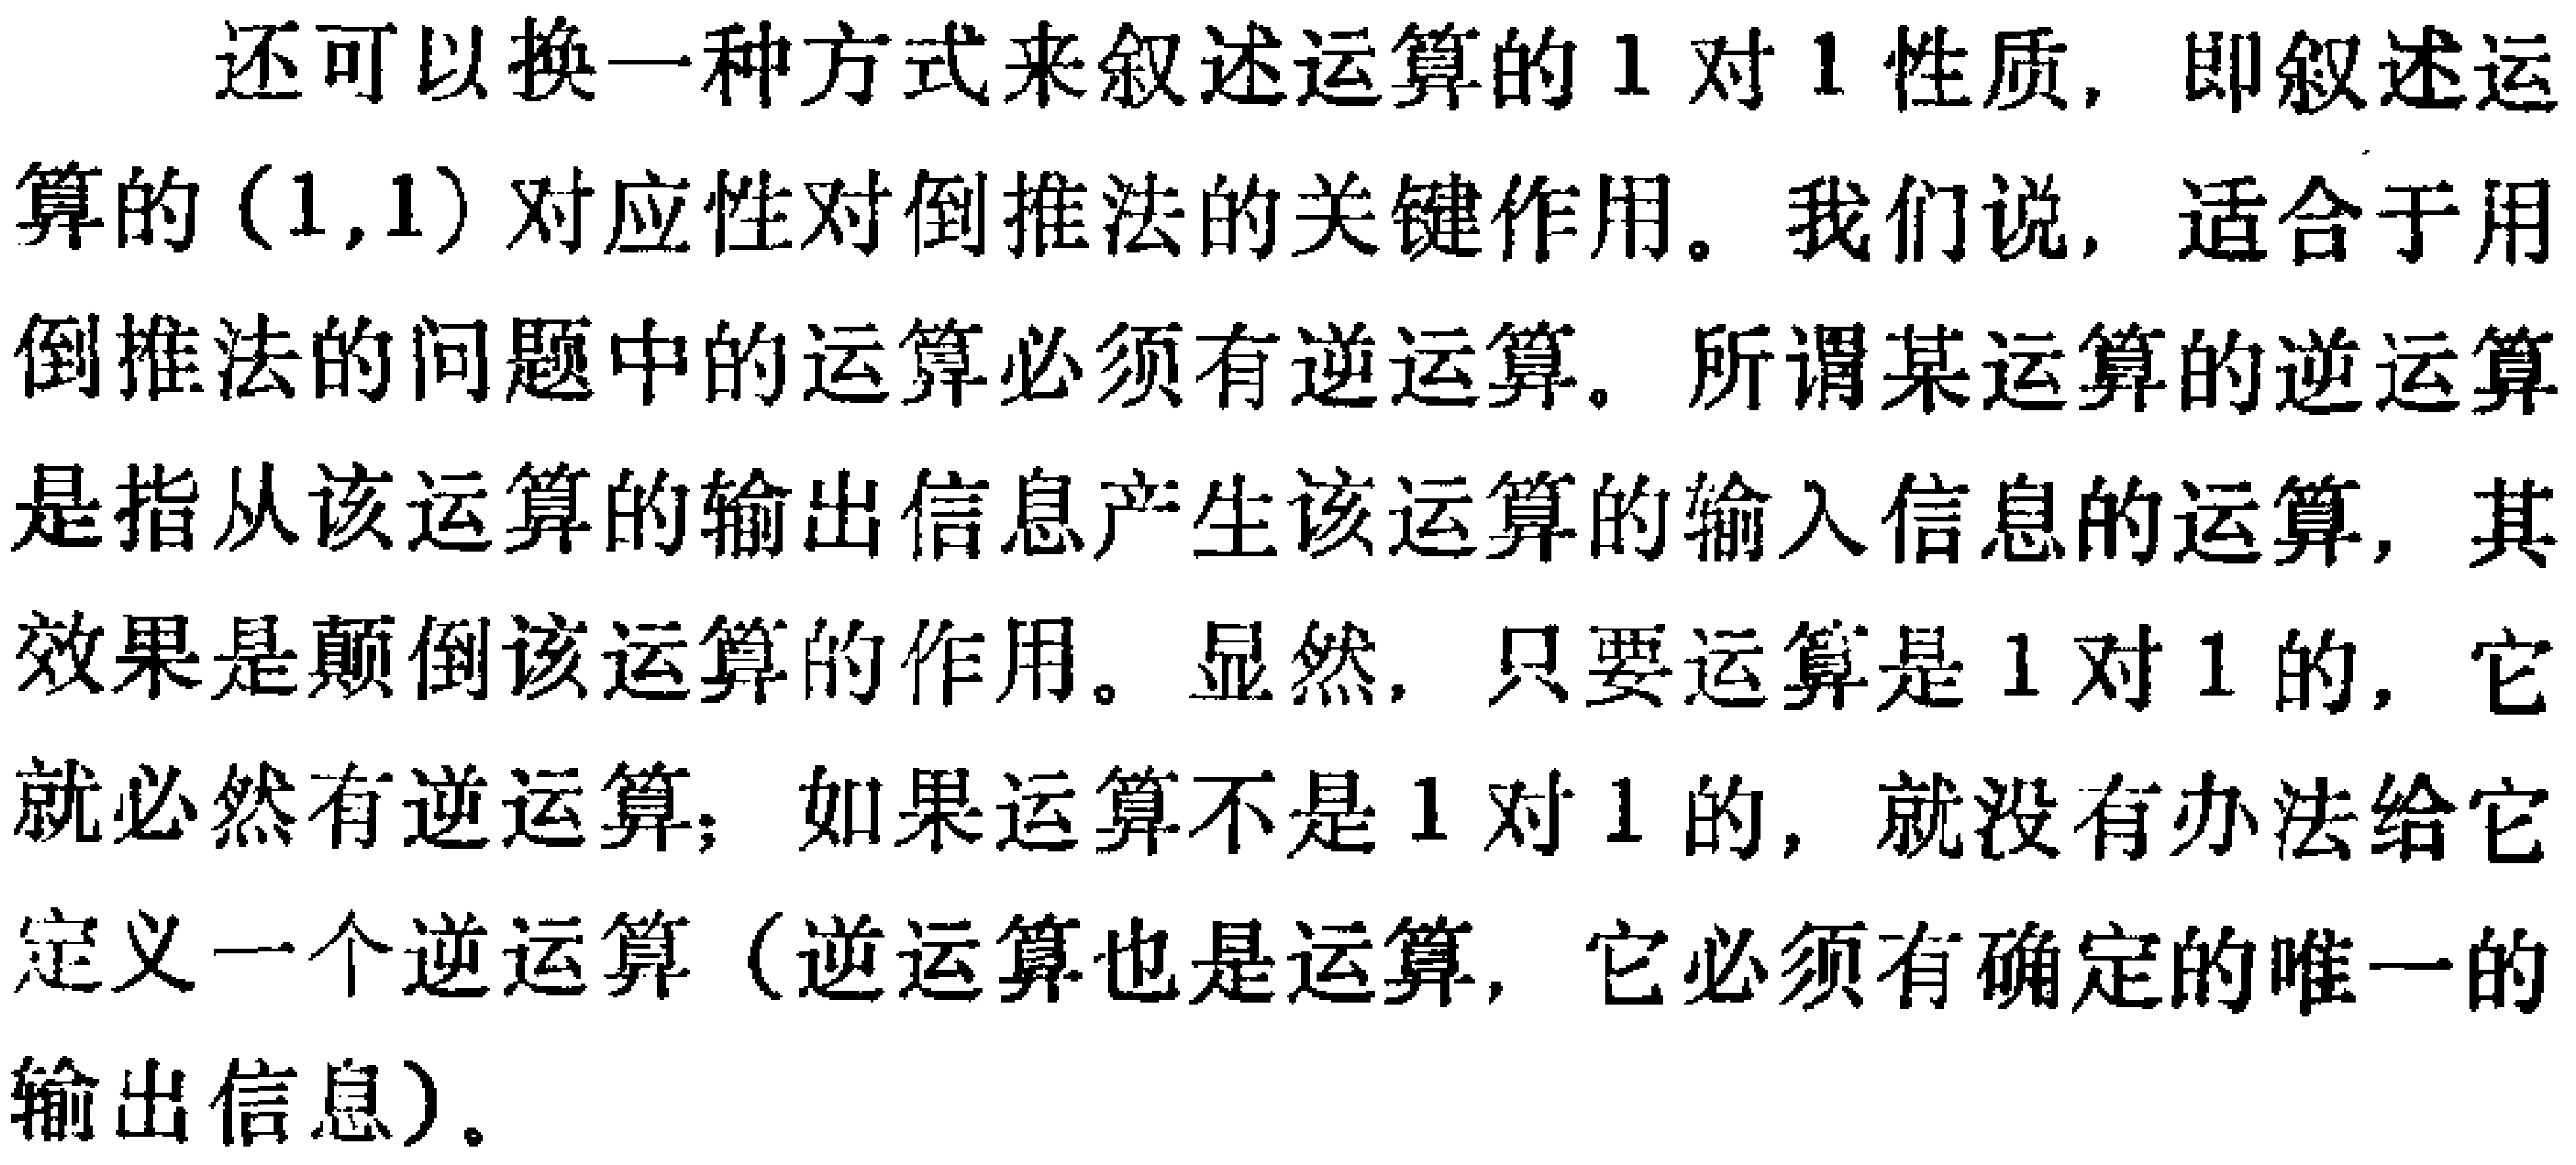
还可以换一种方式来叙述运算的1对1性质，即叙述运算的\((1,1)\)对应性对倒推法的关键作用。我们说，适合于用倒推法的问题中的运算必须有逆运算。所谓某运算的逆运算是指从该运算的输出信息产生该运算的输入信息的运算，其效果是颠倒该运算的作用。显然，只要运算是1对1的，它就必然有逆运算；如果运算不是1对1的，就没有办法给它定义一个逆运算（逆运算也是运算，它必须有确定的唯一的输出信息）。